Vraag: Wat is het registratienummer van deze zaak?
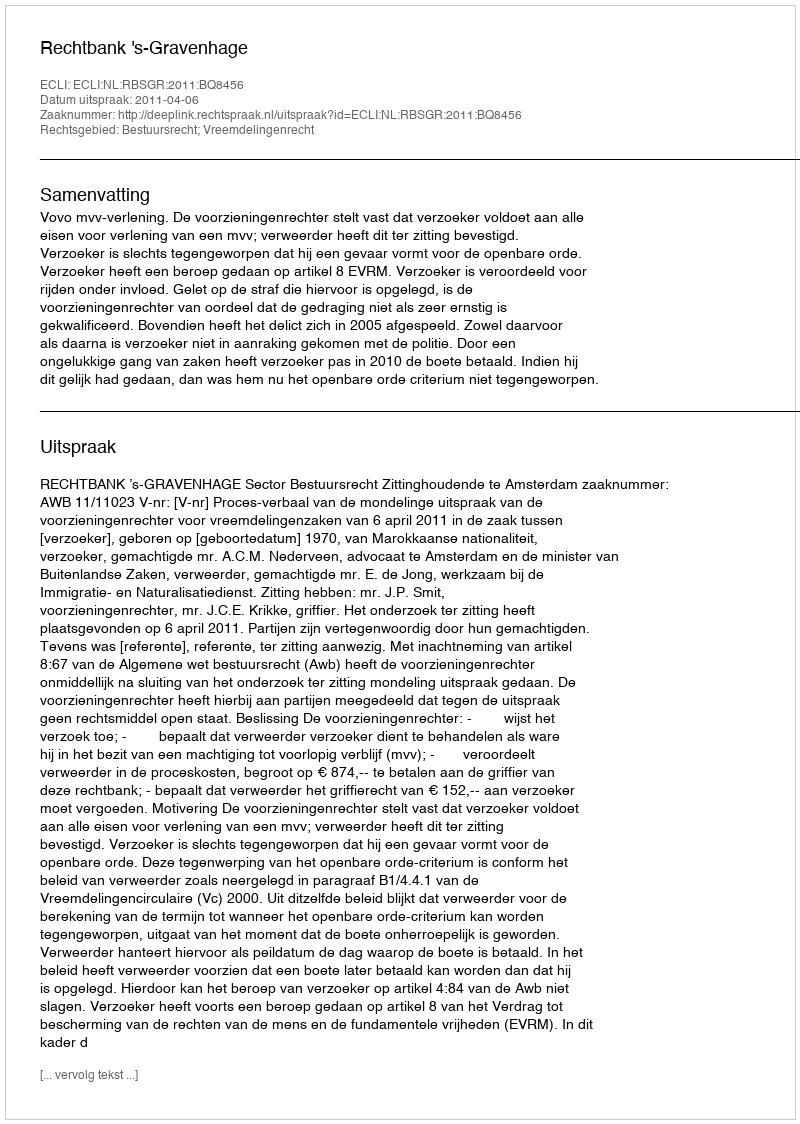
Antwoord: http://deeplink.rechtspraak.nl/uitspraak?id=ECLI:NL:RBSGR:2011:BQ8456